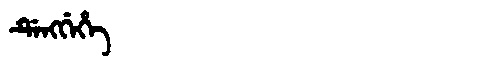
Manchu: ᡩᡝᠩᡤᡝᡥᡝ
Romanization: DENGGEHE